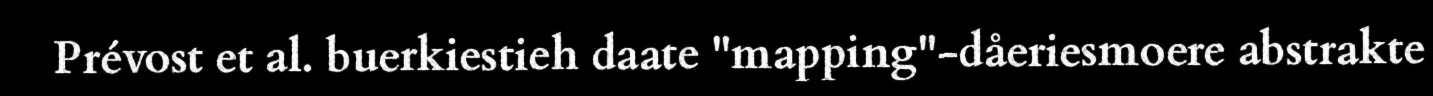
Prévost et al. buerkiestieh daate "mapping"-dåeriesmoere abstrakte